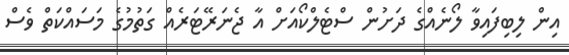
އިން ލިބިފައިވާ ލޯނެއްގެ ދަށުން ސްޓެލްކޯއަށް އާ ޖެނަރޭޓަރެއް ގަތުމުގެ މަސައްކަތް ވެސް